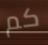
كم